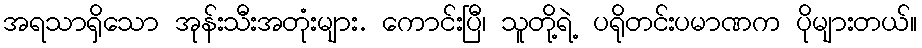
အရသာရှိသော အုန်းသီးအတုံးများ. ကောင်းပြီ၊ သူတို့ရဲ့ ပရိုတင်းပမာဏက ပိုများတယ်။